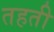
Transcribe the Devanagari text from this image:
तहती